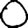
Digit: 0